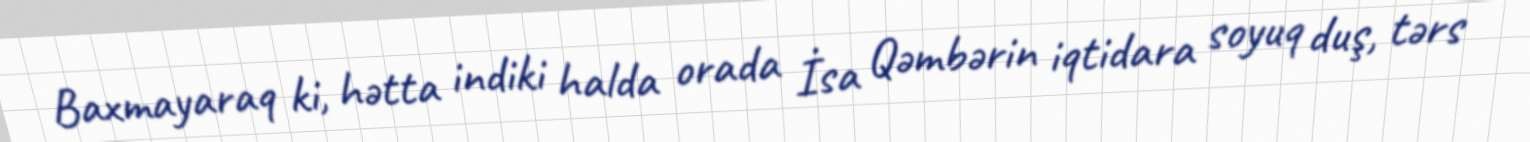
Baxmayaraq ki, hətta indiki halda orada İsa Qəmbərin iqtidara soyuq duş, tərs